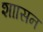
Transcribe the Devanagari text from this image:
शाासन